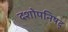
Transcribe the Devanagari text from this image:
दशोपनिषद्